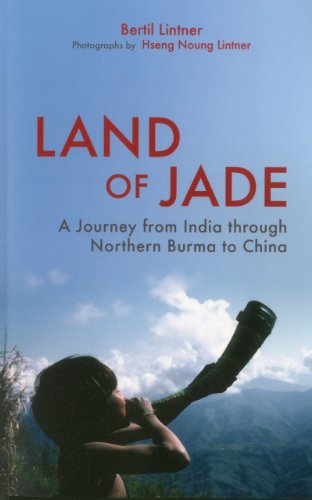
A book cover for Land of Jade: A Journey from India through Northern Burma to China; Bertil Lintner; Travel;